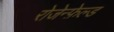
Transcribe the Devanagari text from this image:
रोजेन्फ़ेल्ड